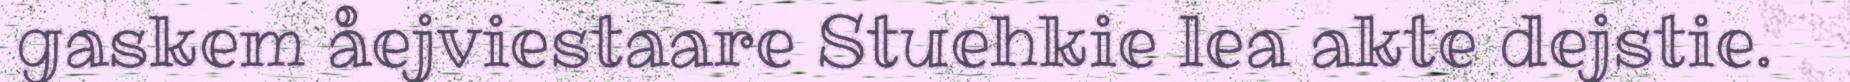
gaskem åejviestaare Stuehkie lea akte dejstie.